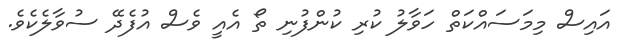
އައިސް މިމަސައްކަތް ހަވާލު ކުރި ކުންފުނި ތޯ އެއީ ވެސް އުފެދޭ ސުވާލެކެވެ.